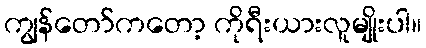
ကျွန်တော်ကတော့ ကိုရီးယားလူမျိုးပါ။